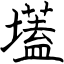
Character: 壒